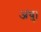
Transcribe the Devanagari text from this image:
अंधु।